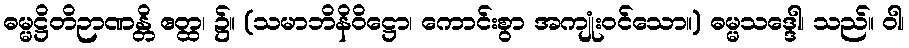
ဓမ္မဋ္ဌိတိဉာဏန္တိ ဧတ္ထ၊ ၌။ (သမာဘိနိဝိဋ္ဌော၊ ကောင်းစွာ အကျုံးဝင်သော။) ဓမ္မသဒ္ဒေါ၊ သည်။ ဝါ၊